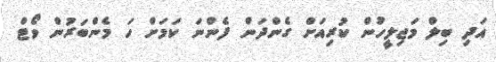
އަދި ބިލް މަޖިލީހުން ކުރިއަށް ގެންދަން ފެންނަ ކަމަށް ހަ މެންބަރުން ވޯޓް